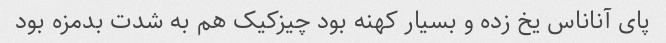
پای آناناس یخ زده و بسیار کهنه بود چیزکیک هم به شدت بدمزه بود